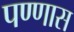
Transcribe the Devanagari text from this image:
पण्णास